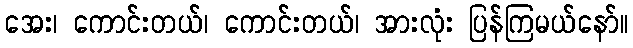
အေး၊ ကောင်းတယ်၊ ကောင်းတယ်၊ အားလုံး ပြန်ကြမယ်နော်။